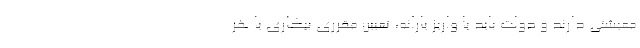
معیشتی دارند و دولت باید با واریز یارانه، تعیین مقرری بیکاری یا هر